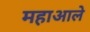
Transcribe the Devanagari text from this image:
महाआले